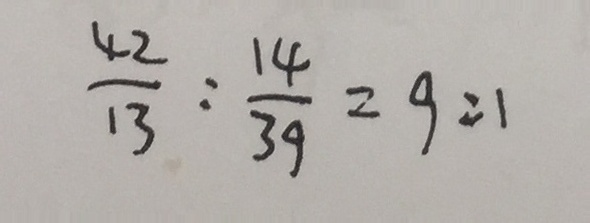
\frac { 4 2 } { 1 3 } : \frac { 1 4 } { 3 9 } = 9 : 1